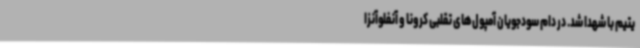
یتیم با شهدا شد. در دام سودجویان آمپول‌های تقلبی کرونا و آنفلوآنزا